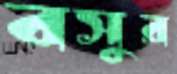
বসুর